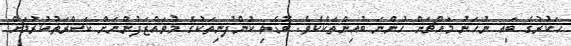
ހަކުރުގެ ބައި ނުހަނު މައްޗަށް ހުންނަ ބުއިންތަކެކެވެ. ބޮޑެތި ކުންފުނިތަކުގެ މުވައްޒަފުންނަށް ކަސްރަތުކުރުމަށް